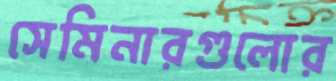
সেমিনারগুলোর